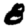
Digit: 8